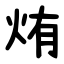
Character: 烠